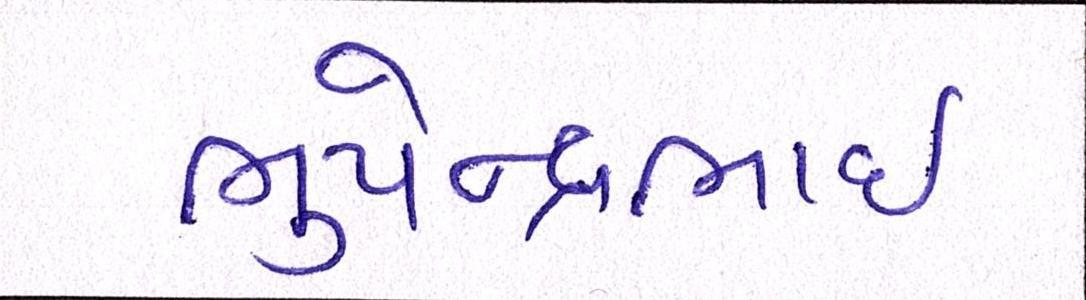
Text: ભુપેન્દ્રભાઇ